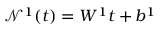
\mathcal { N } ^ { 1 } ( t ) = W ^ { 1 } t + b ^ { 1 }